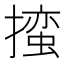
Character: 𪮳